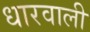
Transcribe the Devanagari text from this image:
धारवाली